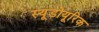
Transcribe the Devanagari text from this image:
स्यूडोयूरिक